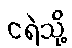
ငရဲသို့